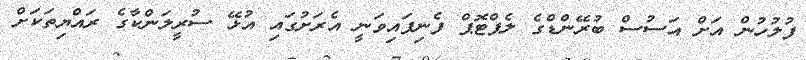
ފުލުހުން އަށް އަސުސް ބުރޭންޑްގެ ލެޕްޓޮޕް ފެނިފައިވަނީ އެރަށުގައި އުޅޭ ސުރީލަންކާގެ ރައްޔިތަކަށް